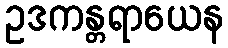
ဥဒကန္တရာယေန